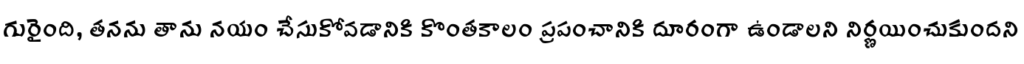
గురైంది, తనను తాను నయం చేసుకోవడానికి కొంతకాలం ప్రపంచానికి దూరంగా ఉండాలని నిర్ణయించుకుందని